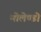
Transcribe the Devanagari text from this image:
मोलेण्डो